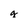
Character: g